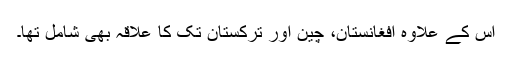
اس کے علاوہ افغانستان، چین اور ترکستان تک کا علاقہ بھی شامل تھا۔